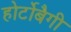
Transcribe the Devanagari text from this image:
होर्टोबैगी